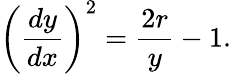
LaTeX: \left({\frac{dy}{dx}}\right)^{2}={\frac{2r}{y}}-1.